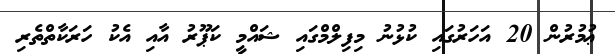
ޢުމުރުން 20 އަހަރުގައި ކުޅުނު މިފިލްމްގައި ޝައްމީ ކަޕޫރު އާއި އެކު ހަރަކާތްތެރި